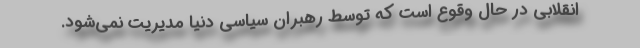
انقلابی در حال وقوع است که توسط رهبران سیاسی دنیا مدیریت نمی‌شود.